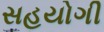
સહયોગી